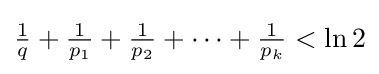
{\textstyle {\frac {1}{q}}+{\frac {1}{p_{1}}}+{\frac {1}{p_{2}}}+\cdots +{\frac {1}{p_{k}}}<\ln 2}